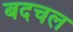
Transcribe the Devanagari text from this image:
बदचल